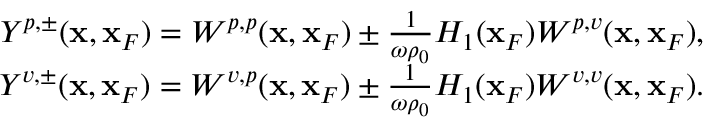
\begin{array} { r l r } & { } & { Y ^ { p , \pm } ( { \bf x } , { \bf x } _ { F } ) = W ^ { p , p } ( { \bf x } , { \bf x } _ { F } ) \pm \frac { 1 } { \omega \rho _ { 0 } } { \cal H } _ { 1 } ( { \bf x } _ { F } ) W ^ { p , v } ( { \bf x } , { \bf x } _ { F } ) , } \\ & { } & { Y ^ { v , \pm } ( { \bf x } , { \bf x } _ { F } ) = W ^ { v , p } ( { \bf x } , { \bf x } _ { F } ) \pm \frac { 1 } { \omega \rho _ { 0 } } { \cal H } _ { 1 } ( { \bf x } _ { F } ) W ^ { v , v } ( { \bf x } , { \bf x } _ { F } ) . } \end{array}